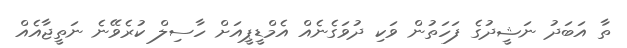
ތާ އަބަދު ނަޝީދުގެ ފަހަތުން ވަކި ދުވަގެނެއް އެމްޑީޕީއަށް ހާސިލް ކުރެވޭނެ ނަތީޖާއެއް